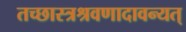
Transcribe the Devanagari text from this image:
तच्छास्त्रश्रवणादावन्यत्